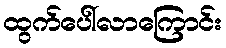
ထွက်ပေါ်လာကြောင်း